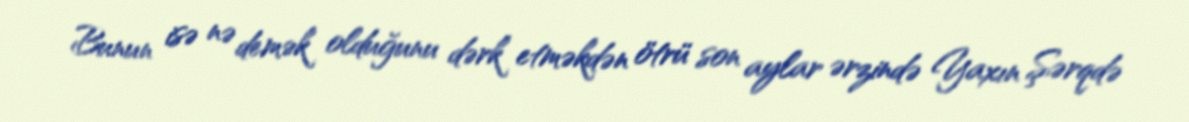
Bunun isə nə demək olduğunu dərk etməkdən ötrü son aylar ərzində Yaxın Şərqdə